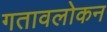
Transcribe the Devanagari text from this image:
गतावलोकन